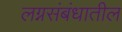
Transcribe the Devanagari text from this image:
लग्नसंबंधातील